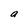
Character: a